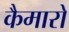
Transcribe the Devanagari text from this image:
कैमारो